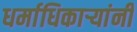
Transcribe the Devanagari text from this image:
धर्माधिकार्‍यांनीं